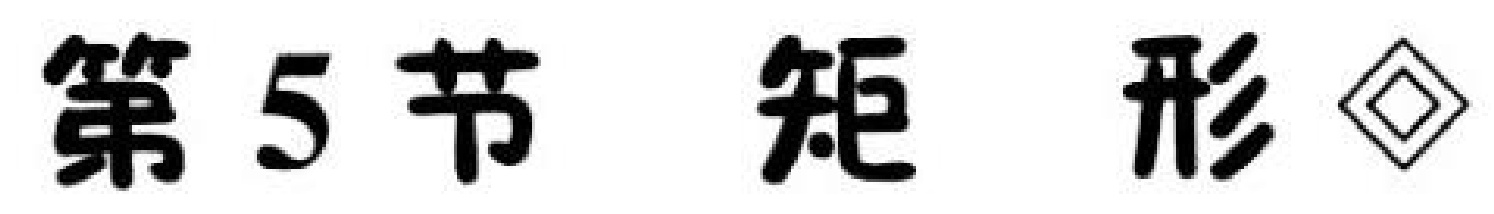
第5节 矩 形$\lozenge$